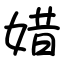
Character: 㛭